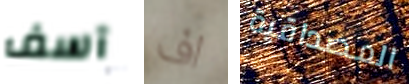
آسف اف المصداقية